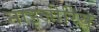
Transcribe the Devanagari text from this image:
नाइजीरिय